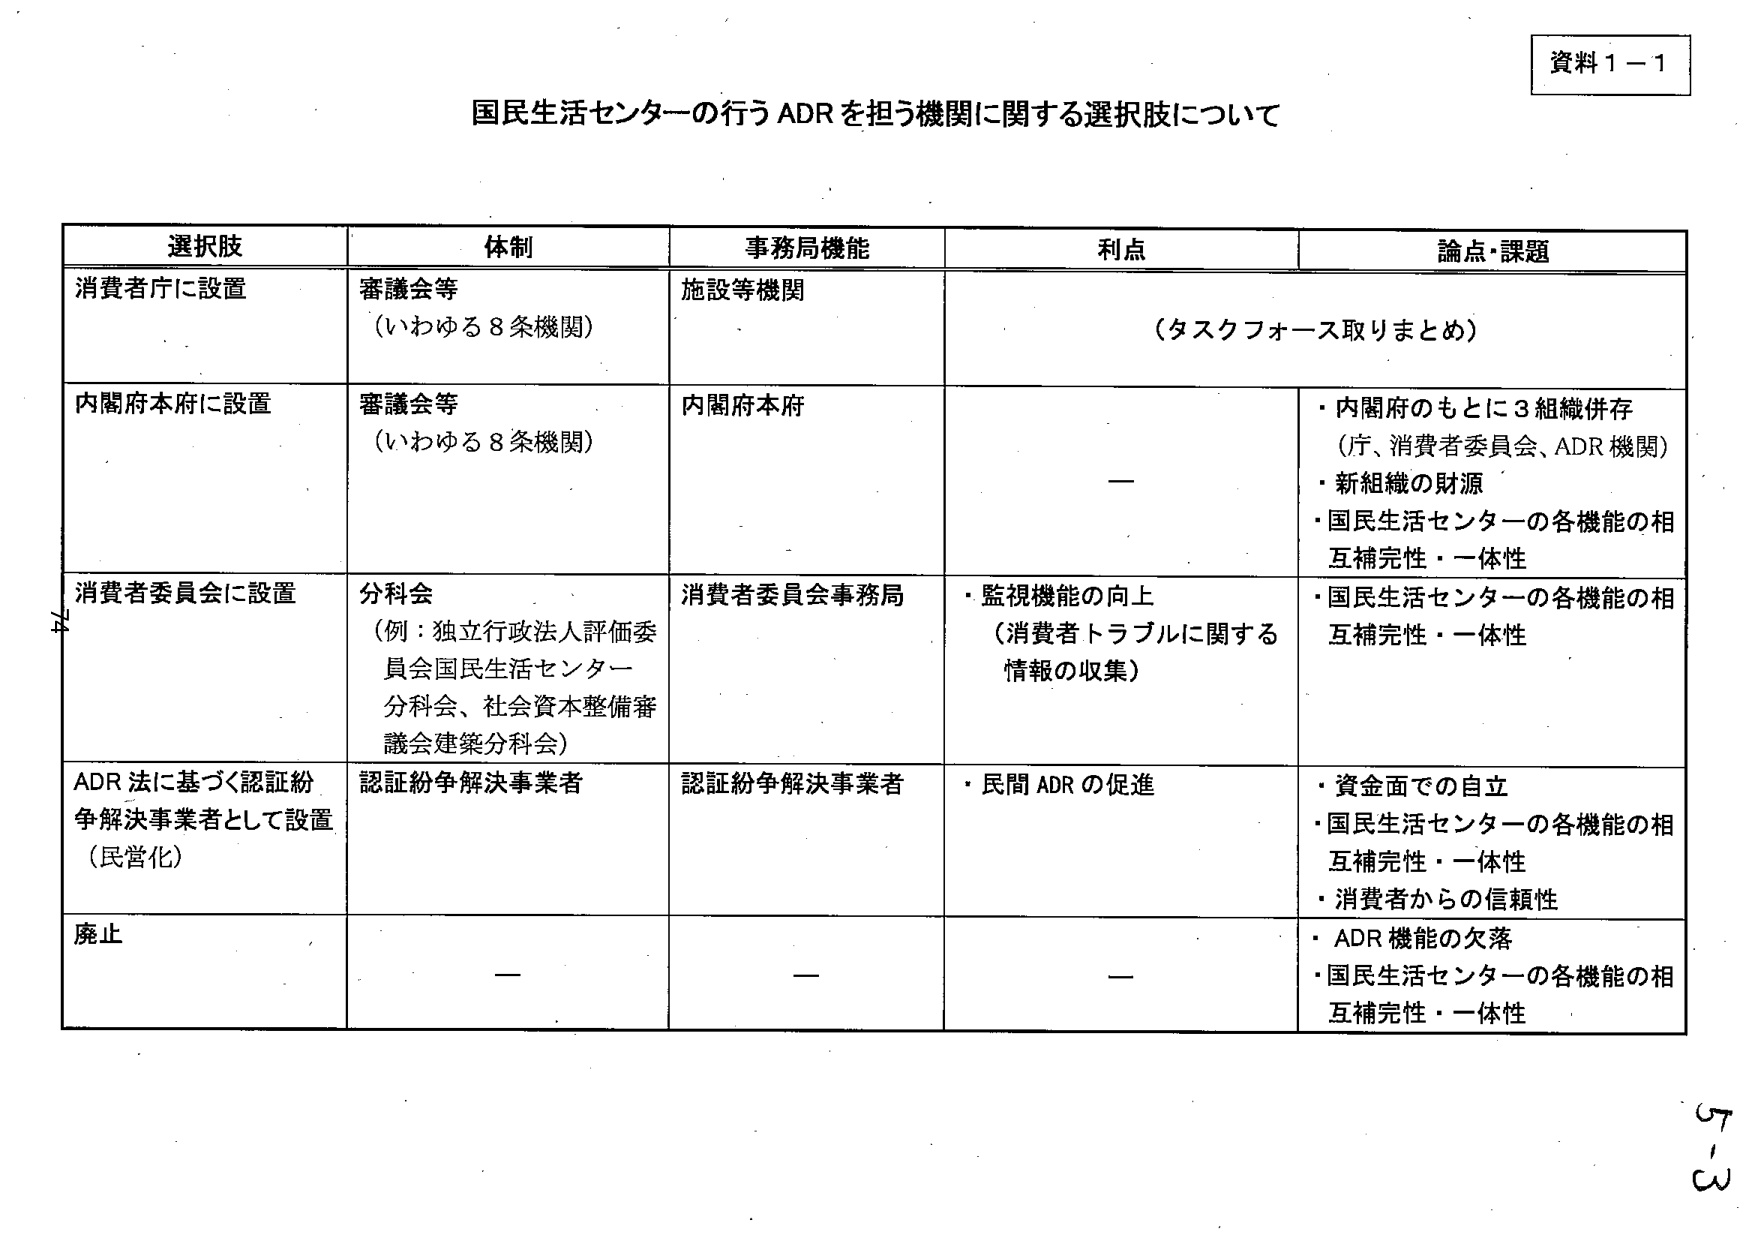
資料１－１

国民生活センターの行うADRを担う機関に関する選択肢について

選択肢　　　　　　　　体制　　　　　　　　　　事務局機能　　　　　　　　利点　　　　　　　　　　論点・課題

消費者庁に設置　　　審議会等　　　　　　　　施設等機関　　　　　　　　（タスクフォース取りまとめ）　　　
　　　　　　　　　　（いわゆる８条機関）